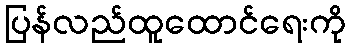
ပြန်လည်ထူထောင်ရေးကို